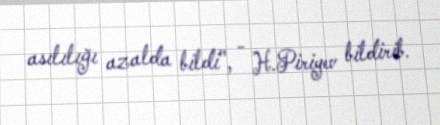
asılılığı azalda bildi", - H.Piriyev bildirib.